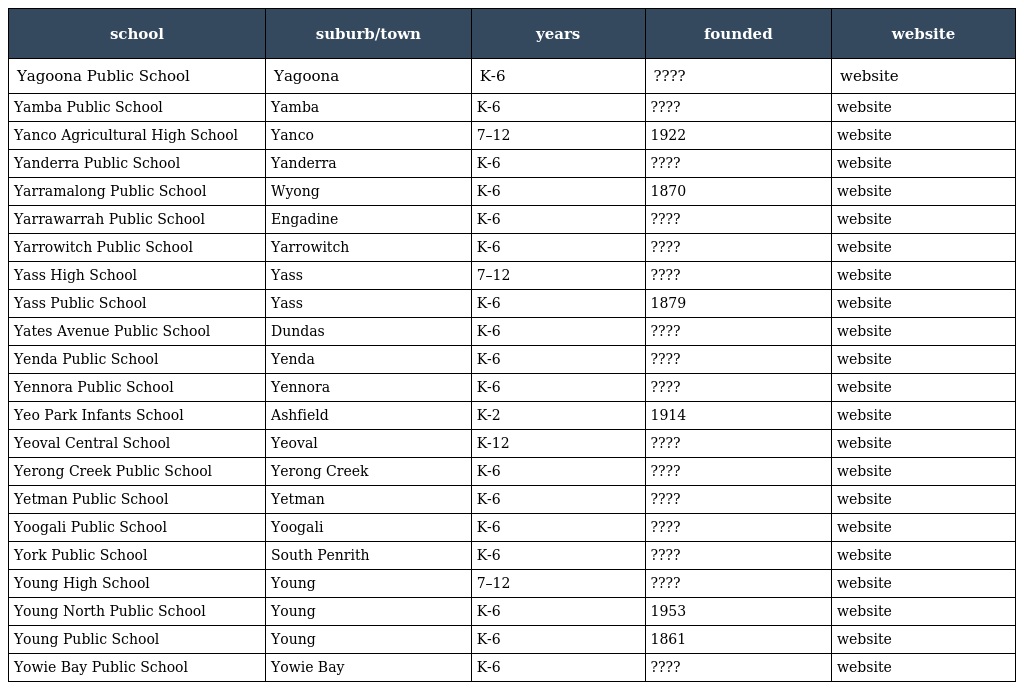
| school | suburb/town | years | founded | website |
 | --- | --- | --- | --- | --- |
 | Yagoona Public School | Yagoona | K-6 | ???? | website |
 | Yamba Public School | Yamba | K-6 | ???? | website |
 | Yanco Agricultural High School | Yanco | 7–12 | 1922 | website |
 | Yanderra Public School | Yanderra | K-6 | ???? | website |
 | Yarramalong Public School | Wyong | K-6 | 1870 | website |
 | Yarrawarrah Public School | Engadine | K-6 | ???? | website |
 | Yarrowitch Public School | Yarrowitch | K-6 | ???? | website |
 | Yass High School | Yass | 7–12 | ???? | website |
 | Yass Public School | Yass | K-6 | 1879 | website |
 | Yates Avenue Public School | Dundas | K-6 | ???? | website |
 | Yenda Public School | Yenda | K-6 | ???? | website |
 | Yennora Public School | Yennora | K-6 | ???? | website |
 | Yeo Park Infants School | Ashfield | K-2 | 1914 | website |
 | Yeoval Central School | Yeoval | K-12 | ???? | website |
 | Yerong Creek Public School | Yerong Creek | K-6 | ???? | website |
 | Yetman Public School | Yetman | K-6 | ???? | website |
 | Yoogali Public School | Yoogali | K-6 | ???? | website |
 | York Public School | South Penrith | K-6 | ???? | website |
 | Young High School | Young | 7–12 | ???? | website |
 | Young North Public School | Young | K-6 | 1953 | website |
 | Young Public School | Young | K-6 | 1861 | website |
 | Yowie Bay Public School | Yowie Bay | K-6 | ???? | website |